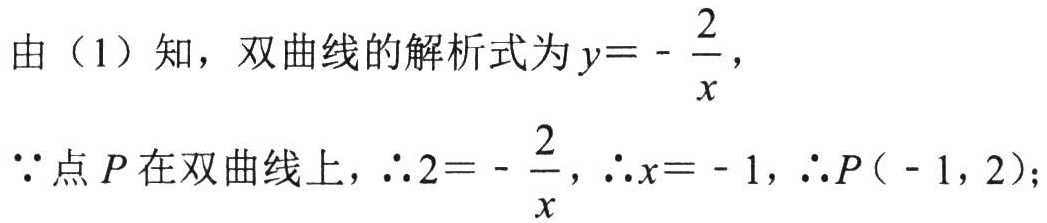
由（1）知，双曲线的解析式为\(y = - \frac{2}{x}\)，

\(\because\)点\(P\)在双曲线上，\(\therefore 2 = - \frac{2}{x}\)，\(\therefore x = - 1\)，\(\therefore P(-1,2)\)；